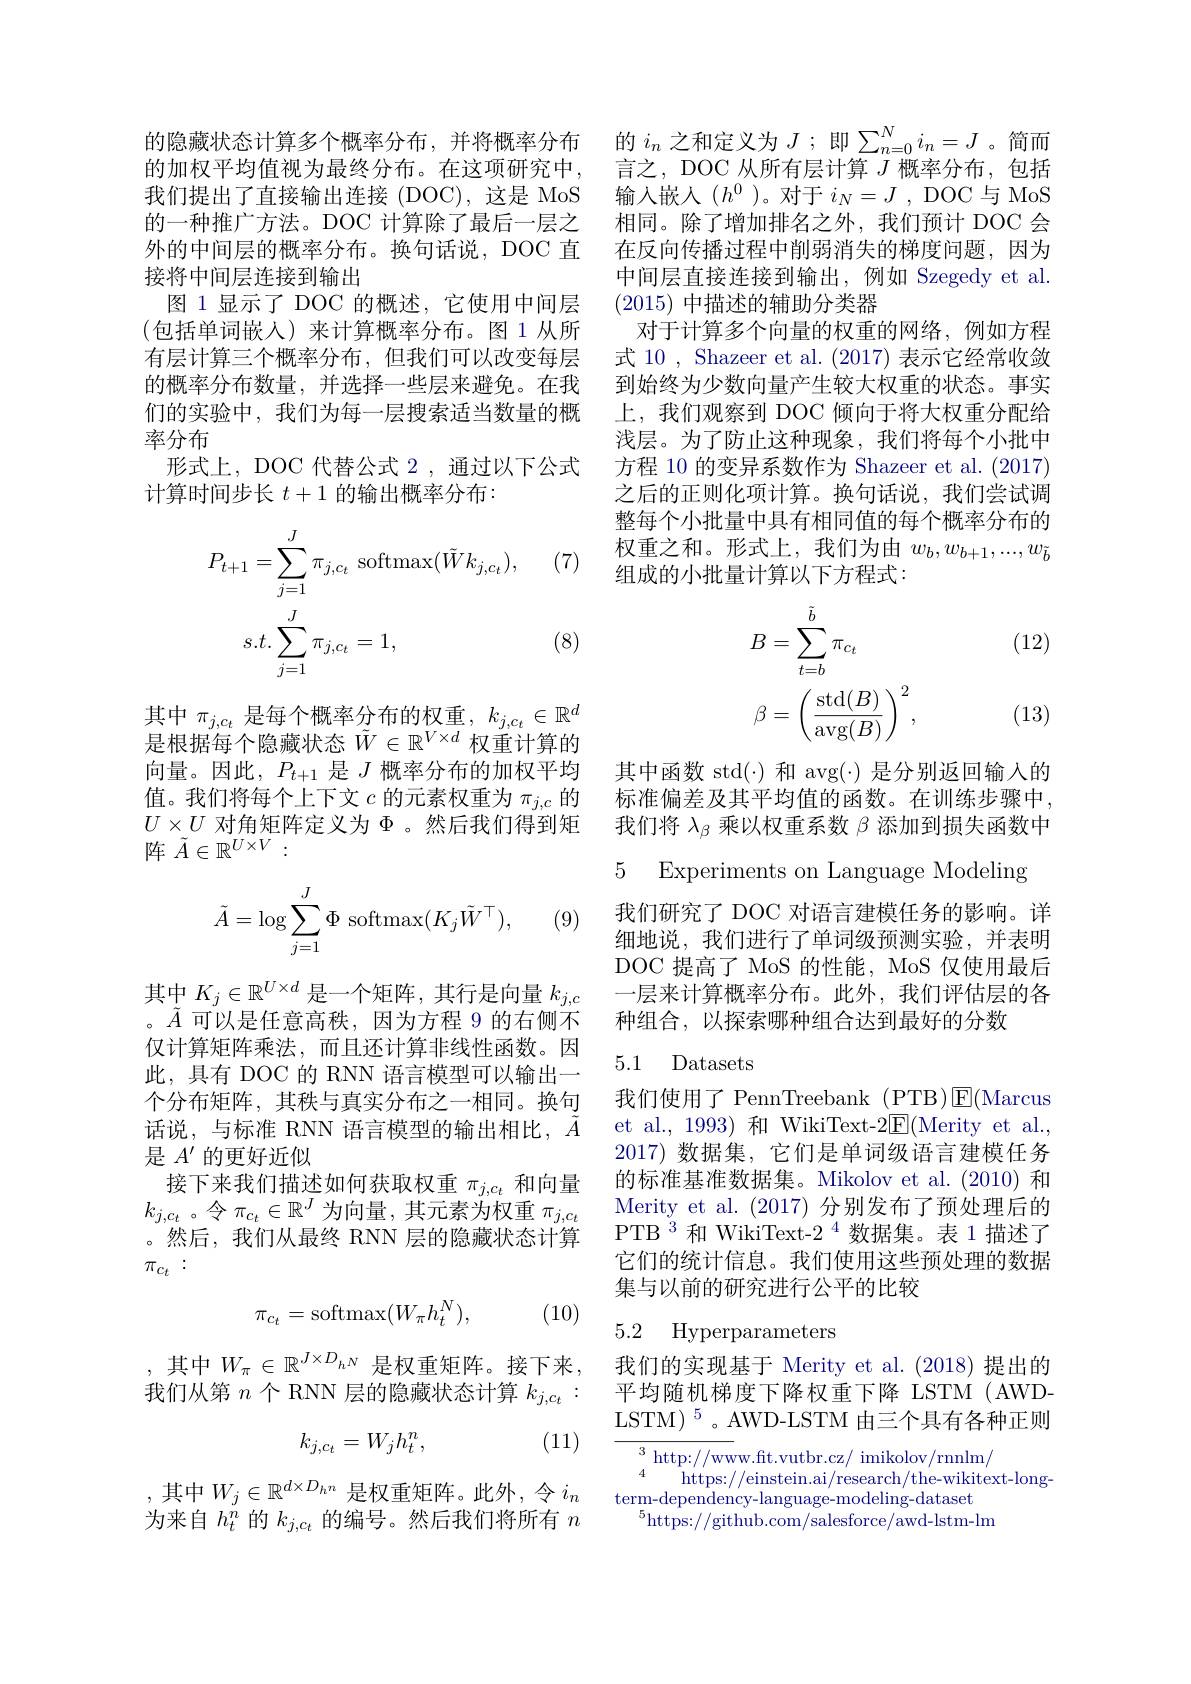
的隐藏状态计算多个概率分布，并将概率分布的加权平均值视为最终分布。在这项研究中， 我们提出了直接输出连接(DOC),这是 MoS 的一种推广方法。DOC 计算除了最后一层之外的中间层的概率分布。换句话说，DOC 直接将中间层连接到输出
图 1 显示了 DOC 的概述，它使用中间层(包括单词嵌人)来计算概率分布。图 1 从所有层计算三个概率分布，但我们可以改变每层的概率分布数量，并选择一些层来避免。在我们的实验中，我们为每一层搜索适当数量的概率分布
形式上，DOC 代替公式 2,通过以下公式
计算时间步长$t+1$的输出概率分布：

(7)
$$\begin{aligned}P_{t+1}&=\sum_{j=1}^{J}\pi_{j,c_{t}}\:\mathrm{softmax}(\tilde{W}k_{j,c_{t}}),\\s.t.\sum_{j=1}^{J}\pi_{j,c_{t}}&=1,\end{aligned}$$
(8)

其中$\pi_{j,c_t}$是每个概率分布的权重$,k_j,c_t\in\mathbb{R}^d$ 是根据每个隐藏状态$\tilde{W}\in\mathbb{R}^{V\times d}$权重计算的向量。因此，$P_{t+1}$ 是$J$ 概率分布的加权平均值。我们将每个上下文$c$的元素权重为$\pi_j,c$的$U\times U$对角矩阵定义为$\Phi$ 。然后我们得到矩阵$\tilde{A}\in\mathbb{R}^{U\times V}:$
$$\tilde{A}=\log\sum_{j=1}^J\Phi\:\mathrm{softmax}(K_j\tilde{W}^\top),$$
$(9^{\prime}$

其中$K_j\in\mathbb{R}^U\times d$ 是一个矩阵，其行是向量 $k_j,c$ 。$\tilde{A}$可以是任意高秩，因为方程 9 的右侧不仅计算矩阵乘法，而且还计算非线性函数。因此，具有 DOC 的 RNN 语言模型可以输出一个分布矩阵，其秩与真实分布之一相同。换句话说，与标准 RNN 语言模型的输出相比，$\bar{A}$ 是$A^{\prime}$的更好近似
接下来我们描述如何获取权重$\pi_{j,c_t}$和向量$k_{j,c_t}$ 。令$\pi_c_t\in\mathbb{R}^J$为向量 ,其元素为权重$\pi_j,c_t$ 。然后，我们从最终 RNN 层的隐藏状态计算$\pi_{c_t}:$

(10)
$$\pi_{c_t}=\mathrm{softmax}(W_\pi h_t^N),$$
,其中$W_\pi\in\mathbb{R}^J\times D_hN$是权重矩阵。接下来， 我们从第$n$个 RNN 层的隐藏状态计算$k_{j,c_t}:$

(11)
$$k_{j,c_t}=W_jh_t^n,$$
,其中$W_j\in\mathbb{R}^d\times D_{h^n}$ 是权重矩阵。此外，令 $i_n$ 为来自$h_t^{\ddot{n}}$的$k_j,c_t$的编号。然后我们将所有$n$

的$i_n$之和定义为$J$ ;即$\sum_n=0^Ni_n=J$ 。简而言之，DOC 从所有层计算$J$概率分布，包括输入嵌入($h^0$)。对于$i_N=J$,DOC与MoS 相同。除了增加排名之外，我们预计 DOC 会在反向传播过程中削弱消失的梯度问题，因为中间层直接连接到输出，例如 Szegedy et al. (2015)中描述的辅助分类器
对于计算多个向量的权重的网络，例如方程式 10 , Shazeer et al. (2017) 表示它经常收敛到始终为少数向量产生较大权重的状态。事实上，我们观察到 DOC 倾向于将大权重分配给浅层。为了防止这种现象，我们将每个小批中方程 10 的变异系数作为 Shazeer et al. (2017) 之后的正则化项计算。换句话说，我们尝试调整每个小批量中具有相同值的每个概率分布的权重之和。形式上，我们为由$w_b,w_{b+1},...,w_{\tilde{b}}$ 组成的小批量计算以下方程式：

(12)
$$\begin{aligned}B&=\sum_{t=b}^{\tilde{b}}\pi_{c_t}\\\beta&=\left(\frac{\operatorname{std}(B)}{\operatorname{avg}(B)}\right)^2,\end{aligned}$$
(13)

其中函数 std(·)和 avg(·)是分别返回输入的标准偏差及其平均值的函数。在训练步骤中， 我们将$\lambda_\beta$乘以权重系数$\beta$添加到损失函数中

5 Experiments on Language Modeling

我们研究了 DOC 对语言建模任务的影响。详细地说，我们进行了单词级预测实验，并表明DOC 提高了 MoS 的性能，MoS 仅使用最后一层来计算概率分布。此外，我们评估层的各种组合，以探索哪种组合达到最好的分数

### 5.1 Datasets

我们使用了 PennTreebank (PTB)E(Marcus et al., 1993) 和 WikiText-2$\underline{\mathrm{E}}($Merity et al. 2017)数据集，它们是单词级语言建模任务的标准基准数据集。Mikolov et al.(2010) 和Merity et al.(2017)分别发布了预处理后的PTB 3 和 WikiText-2 4 数据集。表 1 描述了它们的统计信息。我们使用这些预处理的数据集与以前的研究进行公平的比较

### 5.2 Hyperparameters

我们的实现基于 Merity et al. (2018) 提出的平均随机梯度下降权重下降 LSTM (AWDLSTM)$^{5}$。AWD-LSTM 由三个具有各种正则

${\frac{3}{\mathrm{~http://ww}}}$w.ft.vutbr.cz/ imikolov/rnnlm/
https://einstein.ai/research/the-wikitext-long-
$\mathop{\text{term-dependency-language-modeling-dataset}}$
$^{5}$https://github.com/salesforce/awd-lstm-lm